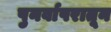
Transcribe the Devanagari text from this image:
पुनर्वापरातून